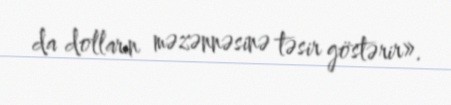
da dolların məzənnəsinə təsir göstərir».